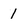
Character: 1